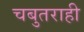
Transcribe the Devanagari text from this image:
चबुतराही